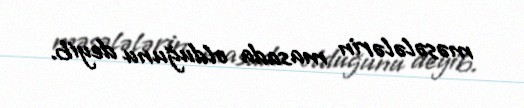
məsələlərin masada olduğunu deyib.